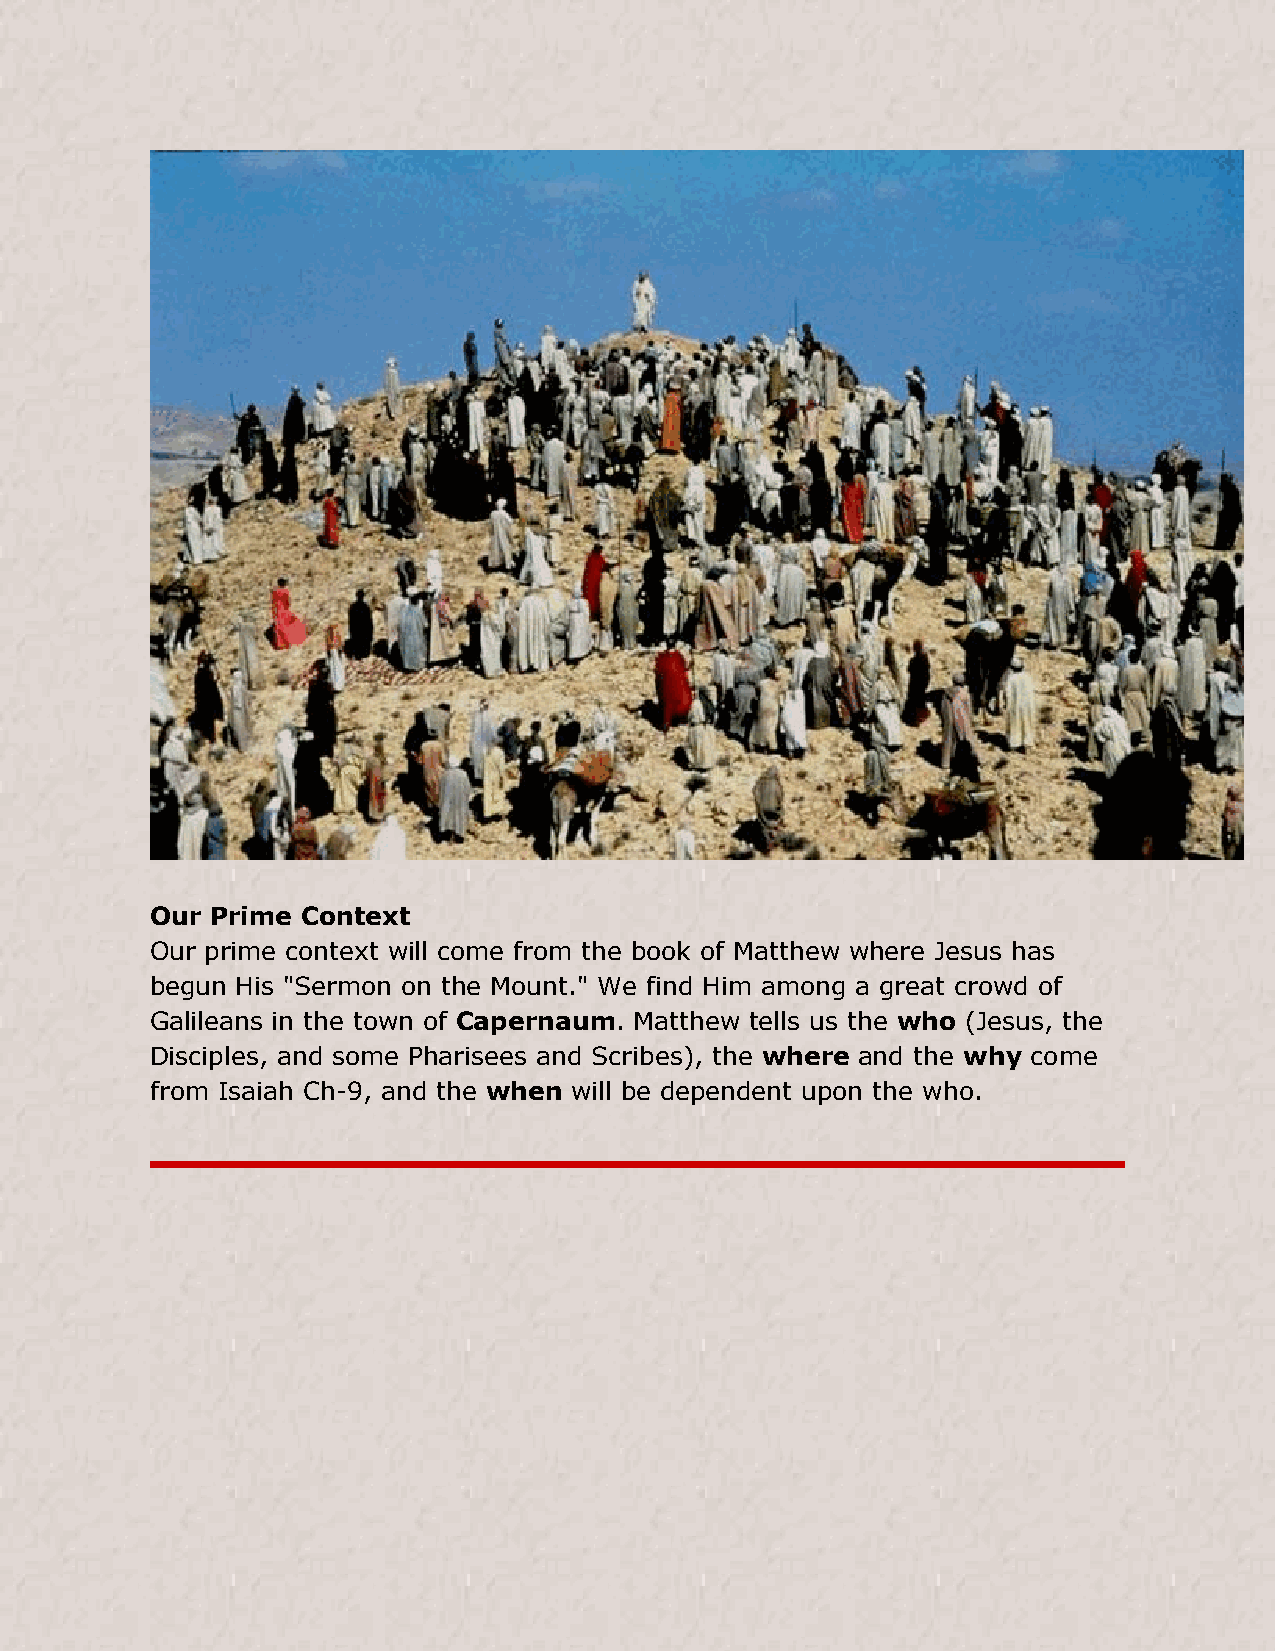
Our Prime Context
 Our prime context will come from the book of Matthew where Jesus has
 begun His "Sermon on the Mount." We find Him among a great crowd of
 Galileans in the town of Capernaum. Matthew tells us the who (Jesus, the
 Disciples, and some Pharisees and Scribes), the where and the why come
 from Isaiah Ch-9, and the when will be dependent upon the who.